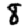
Digit: 8